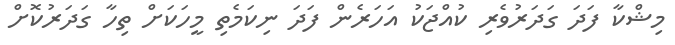
މިޝްކާ ފަދަ ގަދަރުވެރި ކުއްޖަކު އަހަރެން ފަދަ ނިކަމެތި މީހަކަށް ތިހާ ގަދަރުކޮށް